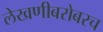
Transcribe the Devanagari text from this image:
लेखणीबरोबरच